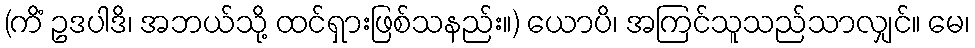
(ကိံ ဥဒပါဒိ၊ အဘယ်သို့ ထင်ရှားဖြစ်သနည်း။) ယောပိ၊ အကြင်သူသည်သာလျှင်။ မေ၊